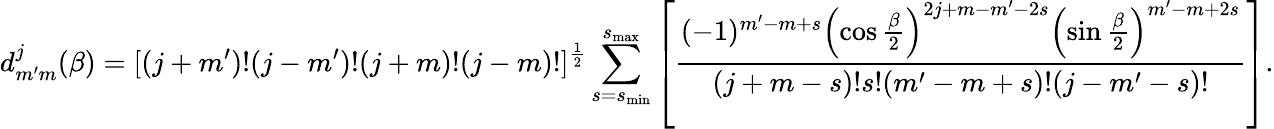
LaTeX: d_{m^{\prime}m}^{j}(\beta)=[(j+m^{\prime})!(j-m^{\prime})!(j+m)!(j-m)!]^{\frac{1}{2}}\sum_{s=s_{\mathrm{min}}}^{s_{\mathrm{max}}}\left[{\frac{(-1)^{m^{\prime}-m+s}\left(\cos{\frac{\beta}{2}}\right)^{2j+m-m^{\prime}-2s}\left(\sin{\frac{\beta}{2}}\right)^{m^{\prime}-m+2s}}{(j+m-s)!s!(m^{\prime}-m+s)!(j-m^{\prime}-s)!}}\right].